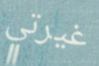
غيرتي